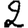
Digit: 2